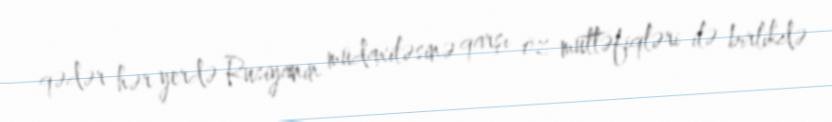
qədər hər yerdə Rusiyanın müdaxiləsinə qarşı öz müttəfiqləri ilə birlikdə